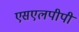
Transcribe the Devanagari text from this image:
एसएलपीपी